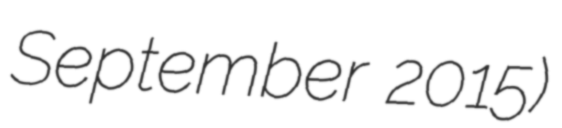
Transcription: September 2015)